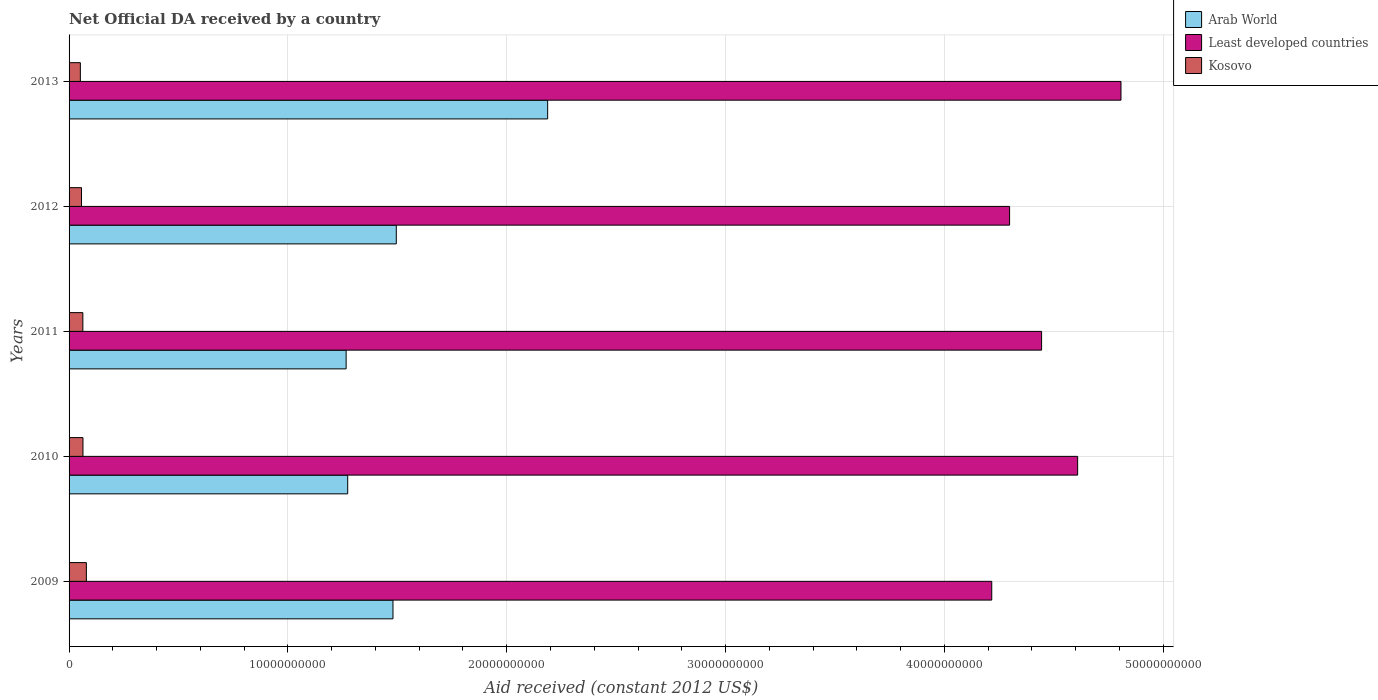
| Years | Arab World | Least developed countries | Kosovo |
 | --- | --- | --- | --- |
 | 2009 | 1.48e+10 | 4.22e+10 | 7.9e+08 |
 | 2010 | 1.27e+10 | 4.61e+10 | 6.35e+08 |
 | 2011 | 1.27e+10 | 4.44e+10 | 6.3e+08 |
 | 2012 | 1.5e+10 | 4.3e+10 | 5.68e+08 |
 | 2013 | 2.19e+10 | 4.81e+10 | 5.16e+08 |